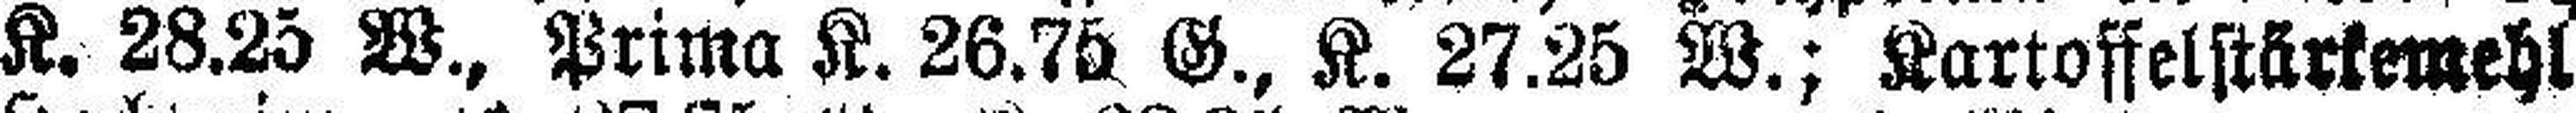
K. 28.25 W., Prima K. 26.75 G., K. 27.25 W.; Kartoffelstärkemehl